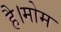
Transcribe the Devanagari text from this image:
है।मोम